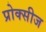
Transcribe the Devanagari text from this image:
प्रोक्सीज